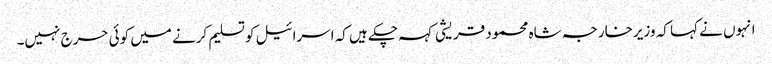
انہوں نے کہا کہ وزیرخارجہ شاہ محمود قریشی کہہ چکے ہیں کہ اسرائیل کو تسلیم کرنے میں کوئی حرج نہیں۔